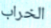
الخراب